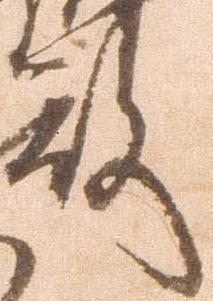
殿